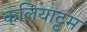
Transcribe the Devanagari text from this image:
कलियाट्टम